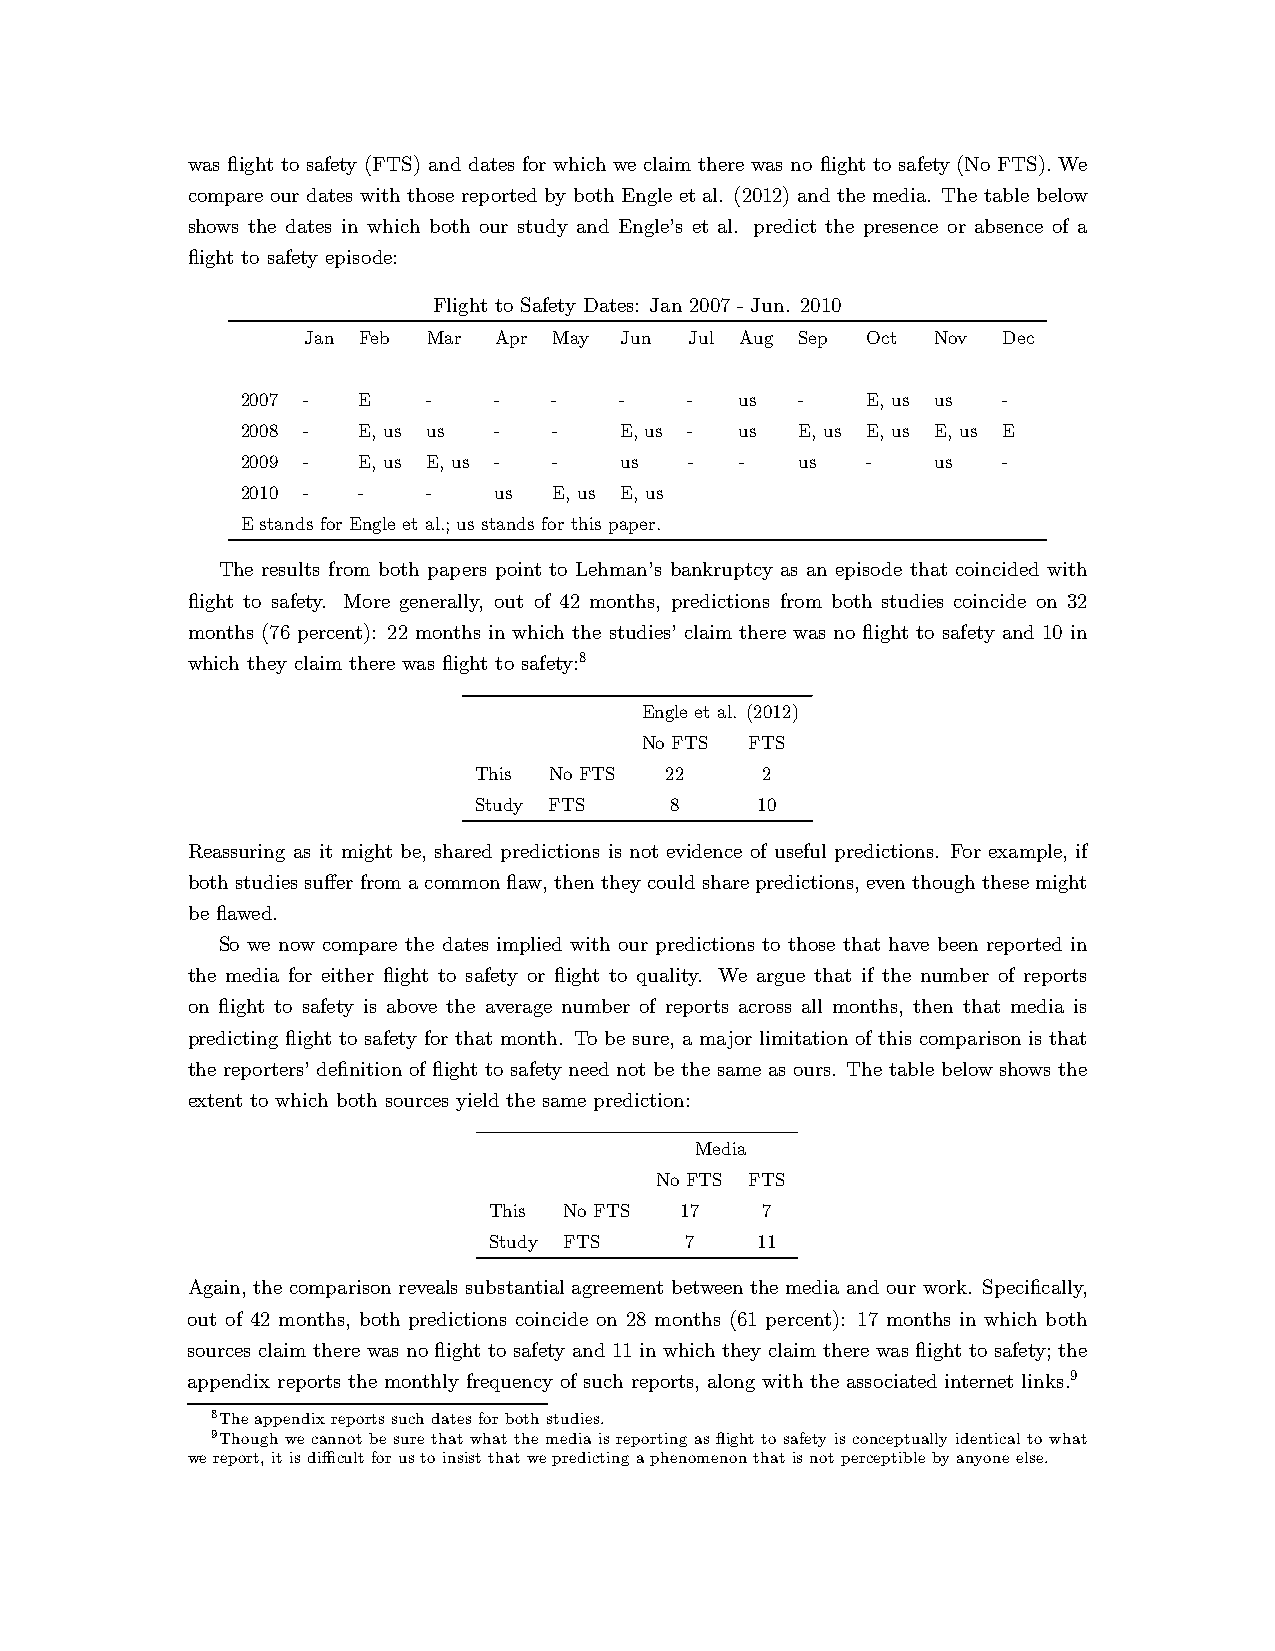
was flight to safety (FTS) and dates for which we claim there was no flight to safety (No FTS). We
 compare our dates with those reported by both Engle et al. (2012) and the media. The table below
 shows the dates in which both our study and Engle’s et al. predict the presence or absence of a
 flight to safety episode:
 Flight to Safety Dates: Jan 2007 - Jun. 2010
 Jan Feb Mar  Apr May Jun  Jul Aug Sep Oct Nov Dec
 2007 -  E   -    -   -   -    -  us  -   E, us us -
 2008 -  E, us us -   -   E, us - us  E, us E, us E, us E
 2009 -  E, us E, us - -  us   -  -   us  -    us  -
 2010 -  -   -    us  E, us E, us
 E stands for Engle et al.; us stands for this paper.
 The results from both papers point to Lehman’s bankruptcy as an episode that coincided with
 flight to safety. More generally, out of 42 months, predictions from both studies coincide on 32
 months (76 percent): 22 months in which the studies’ claim there was no flight to safety and 10 in
 which they claim there was flight to safety:8
 Engle et al. (2012)
 No FTS  FTS
 This No FTS  22    2
 Study FTS    8     10
 Reassuring as it might be, shared predictions is not evidence of useful predictions. For example, if
 bothstudiessufferfromacommonflaw,thentheycouldsharepredictions, eventhoughthesemight
 be flawed.
 So we now compare the dates implied with our predictions to those that have been reported in
 the media for either flight to safety or flight to quality. We argue that if the number of reports
 on flight to safety is above the average number of reports across all months, then that media is
 predicting flight to safety for that month. To be sure, a major limitation of this comparison is that
 the reporters’ definition of flight to safety need not be the same as ours. The table below shows the
 extent to which both sources yield the same prediction:
 Media
 No FTS FTS
 This No FTS  17   7
 Study FTS    7    11
 Again, the comparison reveals substantial agreement between the media and our work. Specifically,
 out of 42 months, both predictions coincide on 28 months (61 percent): 17 months in which both
 sources claim there was no flight to safety and 11 in which they claim there was flight to safety; the
 appendix reports the monthly frequency of such reports, along with the associated internet links.9
 8The appendix reports such dates forboth studies.
 9Though we cannot be sure that what the media is reporting as flight to safety is conceptually identical to what
 we report,itisdifficultforus to insistthatwepredicting aphenomenon thatis notperceptibleby anyoneelse.